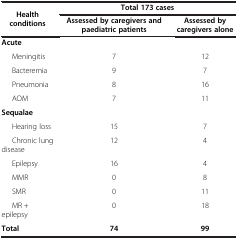
<table><thead><tr><td rowspan="2"><b>Health conditions</b></td><td colspan="2"><b>Total 173 cases</b></td></tr><tr><td><b>Assessed by caregivers and paediatric patients</b></td><td><b>Assessed by caregivers alone</b></td></tr></thead><tbody><tr><td><b>Acute</b></td><td> </td><td> </td></tr><tr><td>Meningitis</td><td>7</td><td>12</td></tr><tr><td>Bacteremia</td><td>9</td><td>7</td></tr><tr><td>Pneumonia</td><td>8</td><td>16</td></tr><tr><td>AOM</td><td>7</td><td>11</td></tr><tr><td><b>Sequalae</b></td><td> </td><td> </td></tr><tr><td>Hearing loss</td><td>15</td><td>7</td></tr><tr><td>Chronic lung disease</td><td>12</td><td>4</td></tr><tr><td>Epilepsy</td><td>16</td><td>4</td></tr><tr><td>MMR</td><td>0</td><td>8</td></tr><tr><td>SMR</td><td>0</td><td>11</td></tr><tr><td>MR + epilepsy</td><td>0</td><td>18</td></tr><tr><td><b>Total</b></td><td><b>74</b></td><td><b>99</b></td></tr></tbody></table>